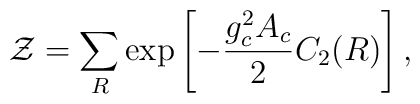
{\cal Z}=\sum_{R} \exp\left[-{{g_c^2 A_c}\over 2}C_2(R)\right],